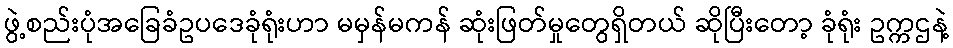
ဖွဲ့စည်းပုံအခြေခံဥပဒေခုံရုံးဟာ မမှန်မကန် ဆုံးဖြတ်မှုတွေရှိတယ် ဆိုပြီးတော့ ခုံရုံး ဥက္ကဌနဲ့